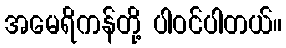
အမေရိကန်တို့ ပါဝင်ပါတယ်။